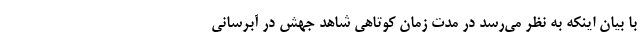
با بیان اینکه به نظر می‌رسد در مدت زمان کوتاهی شاهد جهش در آبرسانی